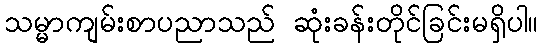
သမ္မာကျမ်းစာပညာသည် ဆုံးခန်းတိုင်ခြင်းမရှိပါ။